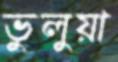
ভুলুয়া